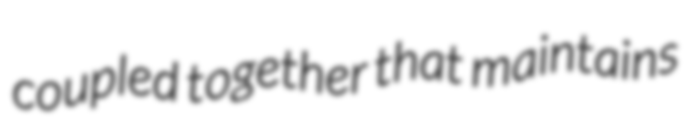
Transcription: coupled together that maintains